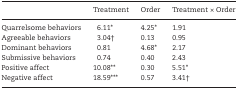
<table><thead><tr><td></td><td><b>Treatment</b></td><td><b>Order</b></td><td><b>Treatment × Order</b></td></tr></thead><tbody><tr><td>Quarrelsome behaviors</td><td>6.11*</td><td>4.25*</td><td>1.91</td></tr><tr><td>Agreeable behaviors</td><td>3.04†</td><td>0.13</td><td>0.95</td></tr><tr><td>Dominant behaviors</td><td>0.81</td><td>4.68*</td><td>2.17</td></tr><tr><td>Submissive behaviors</td><td>0.74</td><td>0.40</td><td>2.43</td></tr><tr><td>Positive affect</td><td>10.08**</td><td>0.30</td><td>5.51*</td></tr><tr><td>Negative affect</td><td>18.59***</td><td>0.57</td><td>3.41†</td></tr></tbody></table>